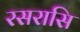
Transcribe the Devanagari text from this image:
रसरासि